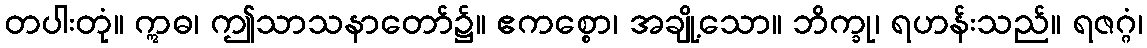
တပါးတုံ။ ဣဓ၊ ဤသာသနာတော်၌။ ဧကစ္စော၊ အချို့သော။ ဘိက္ခု၊ ရဟန်းသည်။ ရဇဂ္ဂံ၊